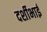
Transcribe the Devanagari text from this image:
दर्शीभाई